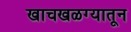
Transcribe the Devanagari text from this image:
खाचखळग्यातून